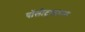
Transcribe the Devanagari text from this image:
पॉलीट्राइकम